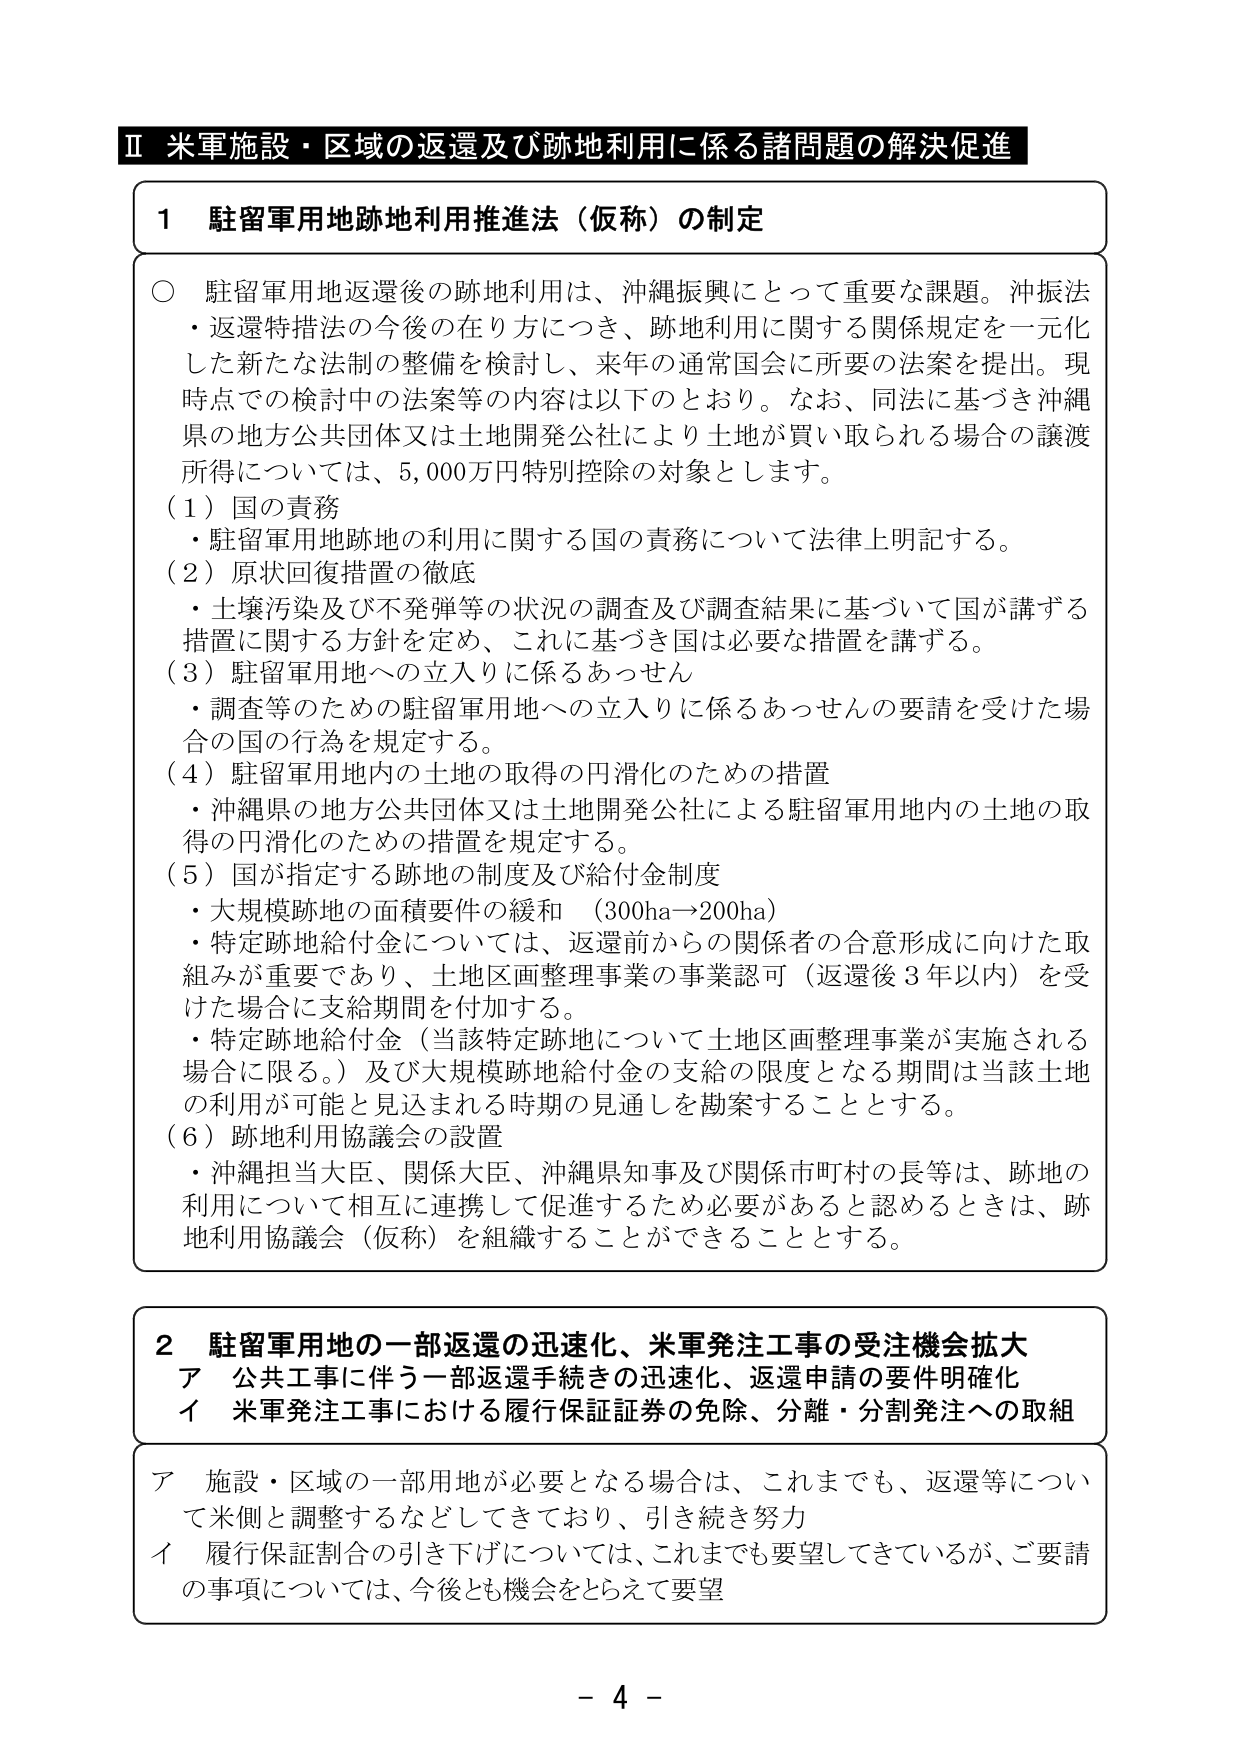
Ⅱ 米軍施設・区域の返還及び跡地利用に係る諸問題の解決促進

1 駐留軍用地跡地利用推進法（仮称）の制定

○ 駐留軍用地返還後の跡地利用は、沖縄振興にとって重要な課題。沖振法・返還特措法の今後の在り方につき、跡地利用に関する関係規定を一元化した新たな法制の整備を検討し、来年の通常国会に所要の法案を提出。現時点での検討中の法案等の内容は以下のとおり。なお、同法に基づき沖縄県の地方公共団体又は土地開発公社により土地が買い取られる場合の譲渡所得については、5,000万円特別控除の対象とします。

（1）国の責務
・駐留軍用地跡地の利用に関する国の責務について法律上明記する。

（2）原状回復措置の徹底
・土壤汚染及び不発弾等の状況の調査及び調査結果に基づいて国が講ずる措置に関する方針を定め、これに基づき国は必要な措置を講ずる。

（3）駐留軍用地への立入りに係るあっせん
・調査等のための駐留軍用地への立入りに係るあっせんの要請を受けた場合の国の行為を規定する。

（4）駐留軍用地内の土地の取得の円滑化のための措置
・沖縄県の地方公共団体又は土地開発公社による駐留軍用地内の土地の取得の円滑化のための措置を規定する。

（5）国が指定する跡地の制度及び給付金制度
・大規模跡地の面積要件の緩和（300ha→200ha）
・特定跡地給付金については、返還前からの関係者の合意形成に向けた取組みが重要であり、土地区画整理事業の事業認可（返還後3年以内）を受けた場合に支給期間を付加する。
・特定跡地給付金（当該特定跡地について土地区画整理事業が実施される場合に限る。）及び大規模跡地給付金の支給の限度となる期間は当該土地の利用が可能と見込まれる時期の見通しを勘案することとする。

（6）跡地利用協議会の設置
・沖縄担当大臣、関係大臣、沖縄県知事及び関係市町村の長等は、跡地の利用について相互に連携して促進するため必要があると認めるときは、跡地利用協議会（仮称）を組織することができる thing とする。

2 駐留軍用地の一部返還の迅速化、米軍発注工事の受注機会拡大
ア 公共工事に伴う一部返還手続きの迅速化、返還申請の要件明確化
イ 米軍発注工事における履行保証証券の免除、分離・分割発注への取組

ア 施設・区域の一部用地が必要となる場合は、これまでも、返還等について米側と調整するなどしてきており、引き続き努力
イ 履行保証割合の引き下げについては、これまでも要望してきているが、ご要請の事項については、今後とも機会をとらえて要望

- 4 -